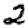
Digit: 2